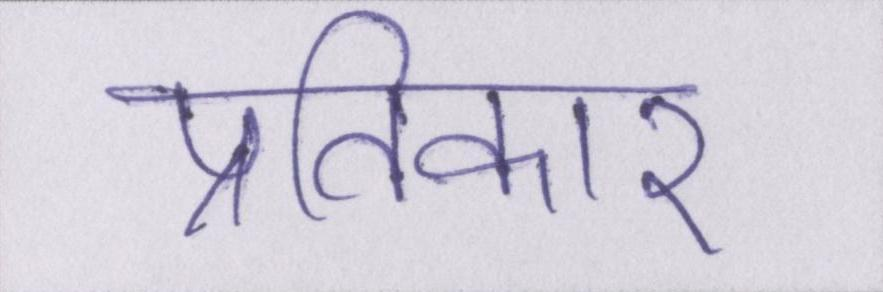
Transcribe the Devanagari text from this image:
प्रतिकार